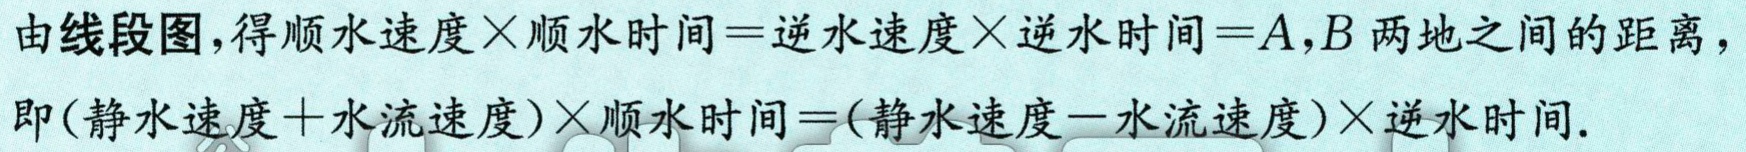
由线段图,得顺水速度$\times$顺水时间$=$逆水速度$\times$逆水时间$=A,B$两地之间的距离，
即(静水速度$+$水流速度)$\times$顺水时间$=$(静水速度$-$水流速度)$\times$逆水时间.